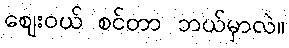
ဈေးဝယ် စင်တာ ဘယ်မှာလဲ။